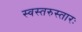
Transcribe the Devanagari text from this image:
स्वस्तरुस्तारः